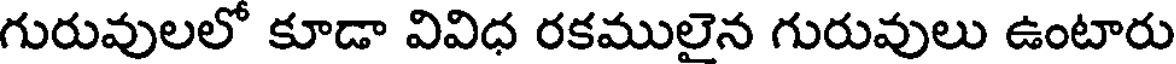
గురువులలో కూడా వివిధ రకములైన గురువులు ఉంటారు